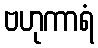
ဗဟုကာရံ